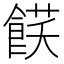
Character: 𩜈